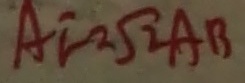
A F = \sqrt { 2 } A B